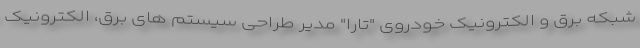
شبکه برق و الکترونیک خودروی "تارا" مدیر طراحی سیستم های برق، الکترونیک